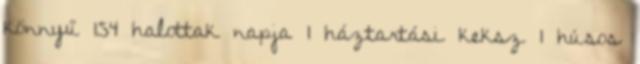
könnyű 154 halottak napja 1 háztartási keksz 1 húsos